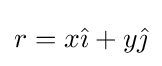
r=x{\hat {\imath }}+y{\hat {\jmath }}